Annual report of the Imperial Bacteriologist
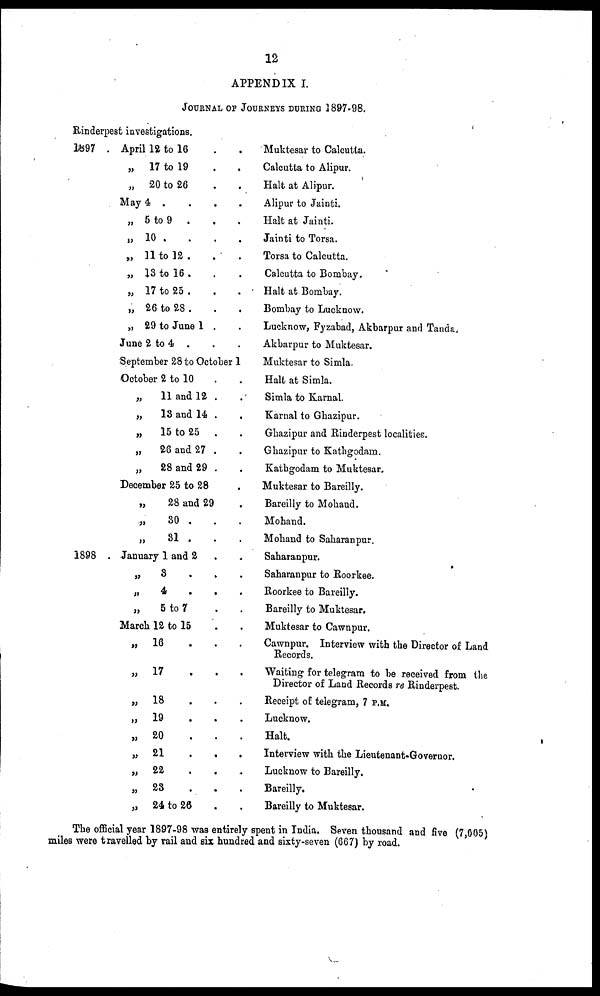
12
APPENDIX I.
JOURNAL OF JOURNEYS DURING 1897-98.
Rinderpest investigations.
1897 . April 12 to 16 . .
„ 17 to 19 . .
„ 20 to 26 . .
May 4 .
.
.
.
„ 5 to 9 . . .
„ 10 .
.
.
.
„ 11 to 12 . . .
„ 13 to 16 . . .
„ 17 to 25 . . .
„ 26 to 28 . . .
„ 29 to June 1 . .
June 2 to 4 . . .
September 28 to October 1
October 2 to 10 . .
„
11 and 12 . .
„
13 and 14 . .
„
15 to 25 . .
„
26 and 27 . .
„
28 and 29 . .
December 25 to 28 .
„
28 and 29 .
„ 30 . . .
„ 31 . . .
1898 . January 1 and 2 . .
„
3
.
. .
„ 4 . . .
„
5 to 7 . .
March 12 to 15 . .
„ 16
.
.
.
„ 17
.
.
.
„ 18
.
.
.
„ 19
.
.
.
„ 20
.
.
.
„ 21
.
.
.
„ 22
.
.
.
„ 23
.
.
.
„ 24 to 26 . .
Muktesar to Calcutta.
Calcutta to Alipur.
Halt at Alipur.
Alipur to Jainti.
Halt at Jainti.
Jainti to Torsa.
Torsa to Calcutta.
Calcutta to Bombay.
Halt at Bombay.
Bombay to Lucknow.
Lucknow, Fyzabad, Akbarpur and Tanda,
Akbarpur to Muktesar.
Muktesar to Simla.
Halt at Simla.
Simla to Karnal.
Karnal to Ghazipur.
Ghazipur and Rinderpest localities.
Ghazipur to Kathgodam.
Eathgodam to Muktesar.
Muktesar to Bareilly.
Bareilly to Mohand.
Mohand.
Mohand to Sabaranpur.
Saharanpur.
Saharanpur to Roorkee.
Roorkee to Bareilly.
Bareilly to Muktesar.
Muktesar to Cawnpur.
Cawnpur. Interview with the Director of Land
Records.
Waiting for telegram to be received from the
Director of Land Records re Rinderpest.
Receipt of telegram, 7 P.M.
Lucknow.
Halt.
Interview with the Lieutenant-Governor.
Lucknow to Bareilly.
Bareilly.
Bareilly to Muktesar.
The official year 1897-98 was entirely spent in India. Seven thousand and five (7,005)
miles were travelled by rail and six hundred and sixty-seven (667) by road.